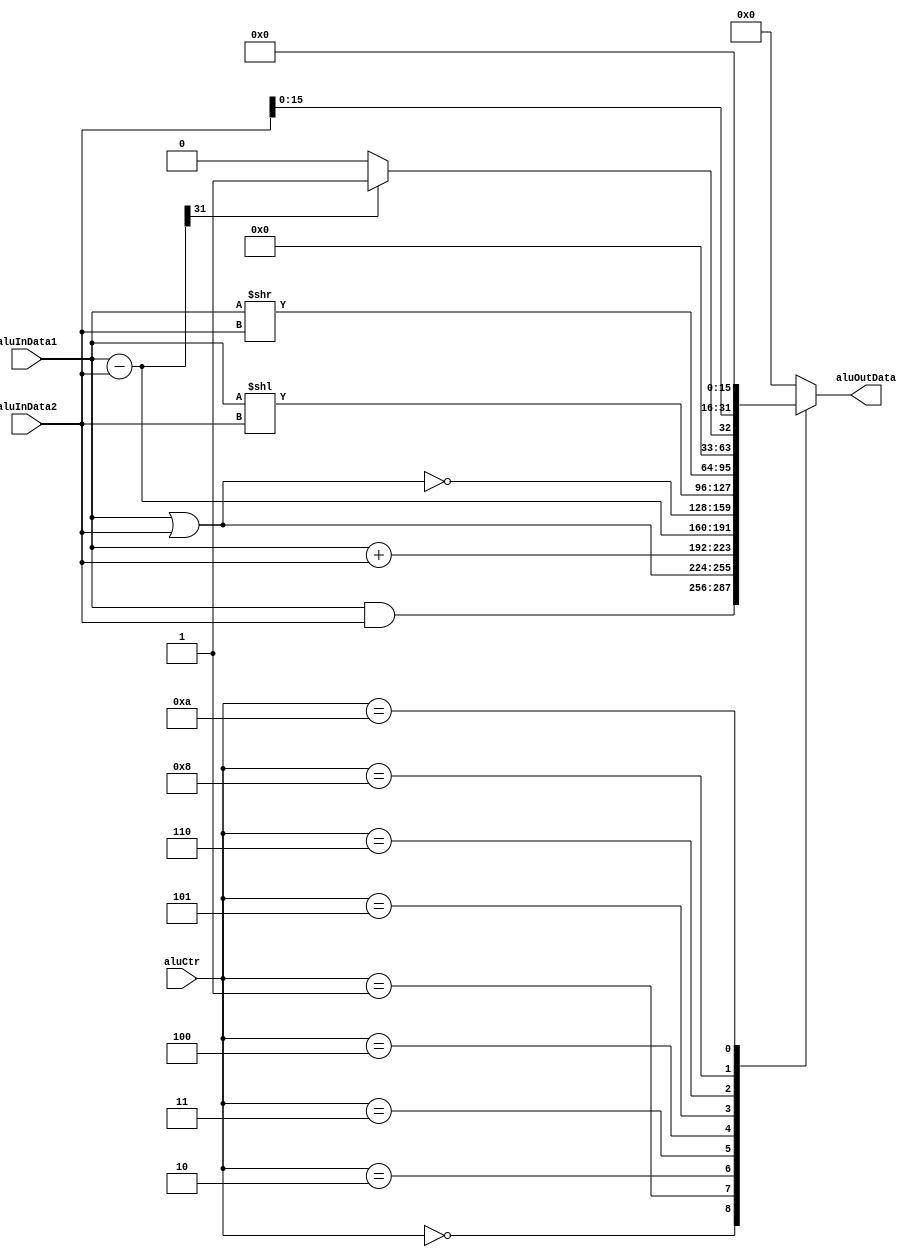
module alu(
          aluInData1,
          aluInData2,
          aluCtr,
          aluOutData
          );

input [31:0] aluInData1;
input [31:0] aluInData2;
input [3:0] aluCtr;
output [31:0] aluOutData;

reg [31:0] aluOutData;

always @ (aluInData1, aluInData2, aluCtr)
begin
  case (aluCtr)
    4'b0000: //and
    aluOutData = aluInData1 & aluInData2;
      
    4'b0001: //or
    aluOutData = aluInData1 | aluInData2;
    
    4'b0010: //add
    aluOutData = aluInData1 + aluInData2;
    
    4'b0011: //sub
    aluOutData = aluInData1 - aluInData2;
        
    4'b0100: //nor
    aluOutData = ~(aluInData1 | aluInData2);
    
    4'b0101: //<<
    aluOutData = aluInData1 << aluInData2;
    
    4'b0110: //>>
    aluOutData = aluInData1 >> aluInData2;
    
    4'b1000: //<
    begin
       aluOutData = aluInData1 - aluInData2;
       if (aluOutData[31:31] == 1)
         aluOutData = 1;
       else
         aluOutData = 0;
    end
     
    
    4'b1010: //upper
    aluOutData = {aluInData2 , 16'b0000000000000000};
    
    default: //NULL
    aluOutData = 0;
    
  endcase
end

endmodule